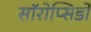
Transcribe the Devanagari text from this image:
सॉरोप्सिडों